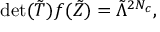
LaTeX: \mathrm { d e t } ( { \tilde { T } } ) f ( { \tilde { Z } } ) = { \tilde { \Lambda } } ^ { 2 N _ { c } } ,